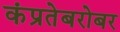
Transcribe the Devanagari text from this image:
कंप्रतेबरोबर